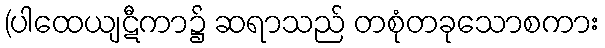
(ပါထေယျဋီကာ၌ ဆရာသည် တစုံတခုသောစကား